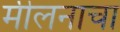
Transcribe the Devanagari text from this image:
मीलनाचा